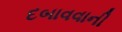
દબાવવાની